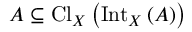
A \subseteq \operatorname { C l } _ { X } \left( \operatorname { I n t } _ { X } \left( A \right) \right)